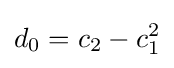
d_{0}=c_{2}-c_{1}^{2}